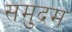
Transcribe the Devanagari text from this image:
समुद्रम